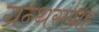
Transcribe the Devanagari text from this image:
ग्रन्थसंग्रह